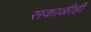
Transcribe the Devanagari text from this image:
सकाळीही